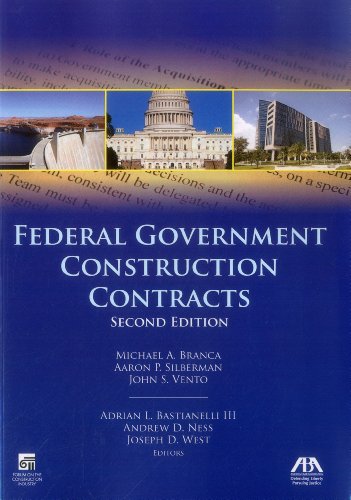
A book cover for Federal Government Construction Contracts; Michael A. Branca; Law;